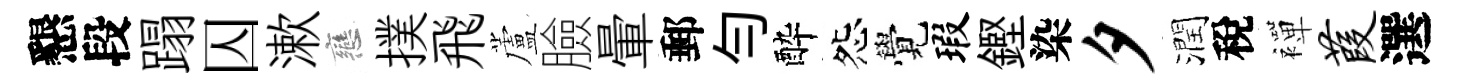
懇段蹋囚漱戀撲飛蘆臉暈郵勻酔怨覺瑕鏗染夕潤稅襌葭選